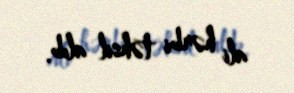
ali hərbi təhsil alıb.